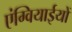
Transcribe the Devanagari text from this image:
एंग्वियाईयों